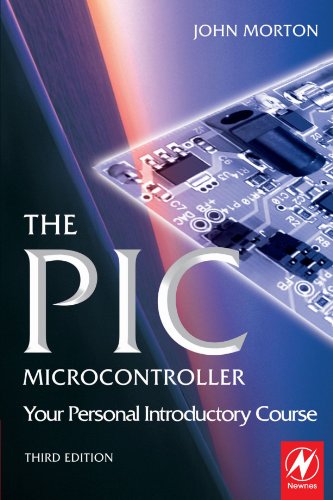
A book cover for The PIC Microcontroller: Your Personal Introductory Course, Third Edition; John Morton; Computers & Technology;